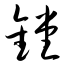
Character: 镗